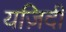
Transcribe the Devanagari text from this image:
यज़िदी